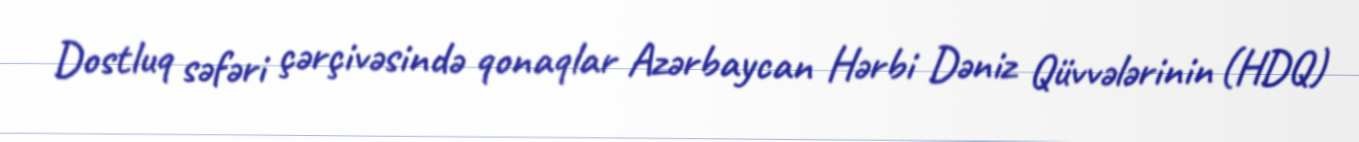
Dostluq səfəri çərçivəsində qonaqlar Azərbaycan Hərbi Dəniz Qüvvələrinin (HDQ)